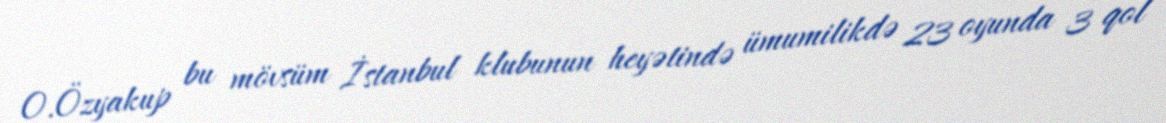
O.Özyakup bu mövsüm İstanbul klubunun heyətində ümumilikdə 23 oyunda 3 qol